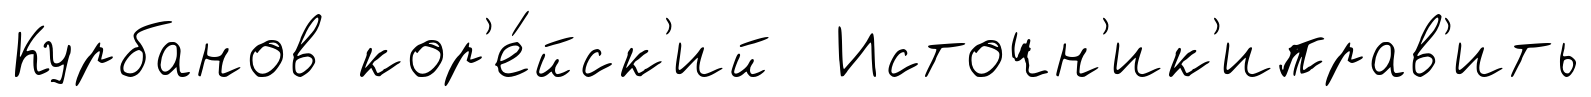
Курбанов кор'е́йск'ий Источн'ик'иправ'ить